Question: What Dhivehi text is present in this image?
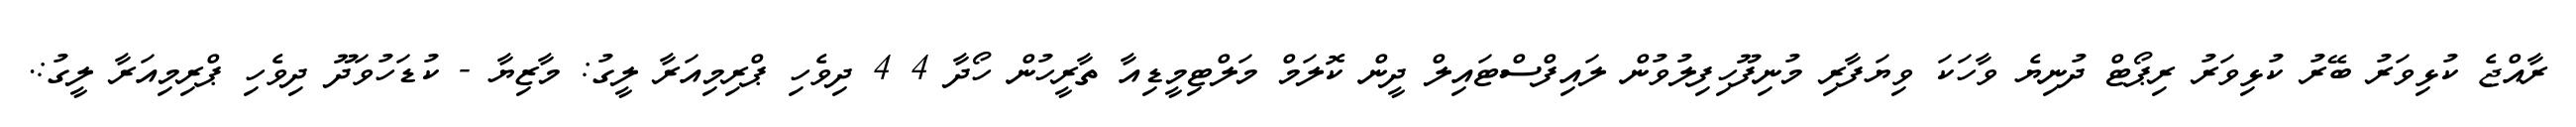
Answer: ރާއްޖެ ކުޅިވަރު ބޭރު ކުޅިވަރު ރިޕޯޓް ދުނިޔެ ވާހަކަ ވިޔަފާރި މުނިފޫހިފިލުވުން ލައިފްސްޓައިލް ދީން ކޮލަމް މަލްޓިމީޑިއާ ތާރީހުން ހޯދާ 4 4 ދިވެހި ޕްރިމިއަރާ ލީގު: މާޒިޔާ - ކުޑަހުވަދޫ ދިވެހި ޕްރިމިއަރާ ލީގު:.